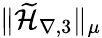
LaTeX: \| \widetilde{\mathcal{H}}_{\nabla,3}\| _{\mu}